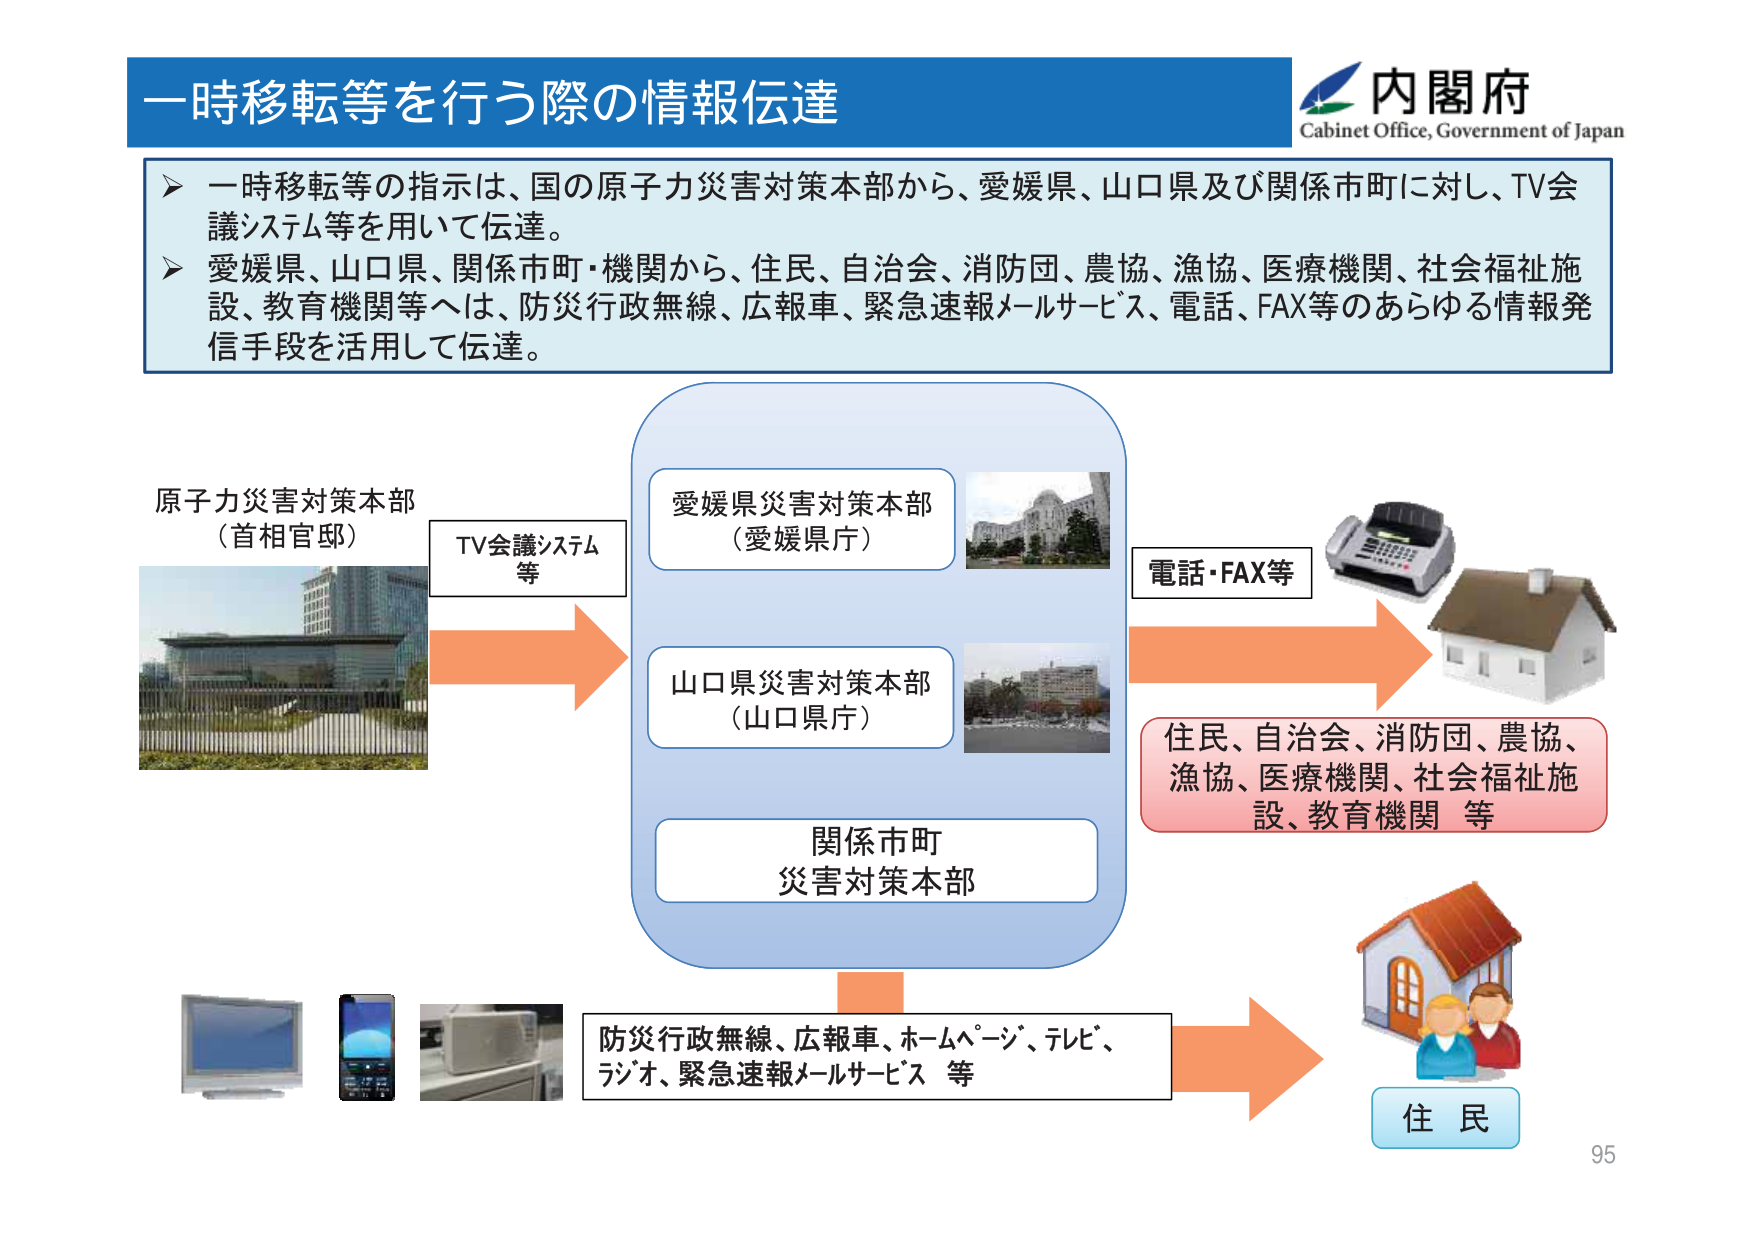
一時移転等を行う際の情報伝達

内閣府
Cabinet Office, Government of Japan

➤ 一時移転等の指示は、国の原子力災害対策本部から、愛媛県、山口県及び関係市町に対し、TV会議システム等を用いて伝達。
➤ 愛媛県、山口県、関係市町・機関から、住民、自治会、消防団、農協、漁協、医療機関、社会福祉施設、教育機関等へは、防災行政無線、広報車、緊急速報メールサービス、電話、FAX等のあらゆる情報発信手段を活用して伝達。

原子力災害対策本部
（首相官邸）

TV会議システム
等

愛媛県災害対策本部
（愛媛県庁）

山口県災害対策本部
（山口県庁）

関係市町
災害対策本部

電話・FAX等

住民、自治会、消防団、農協、
漁協、医療機関、社会福祉施設、教育機関 等

防災行政無線、広報車、ホームページ、テレビ、
ラジオ、緊急速報メールサービス 等

住 民

95